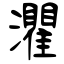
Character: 灈